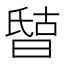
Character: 𰖘